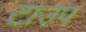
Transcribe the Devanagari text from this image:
टाउप